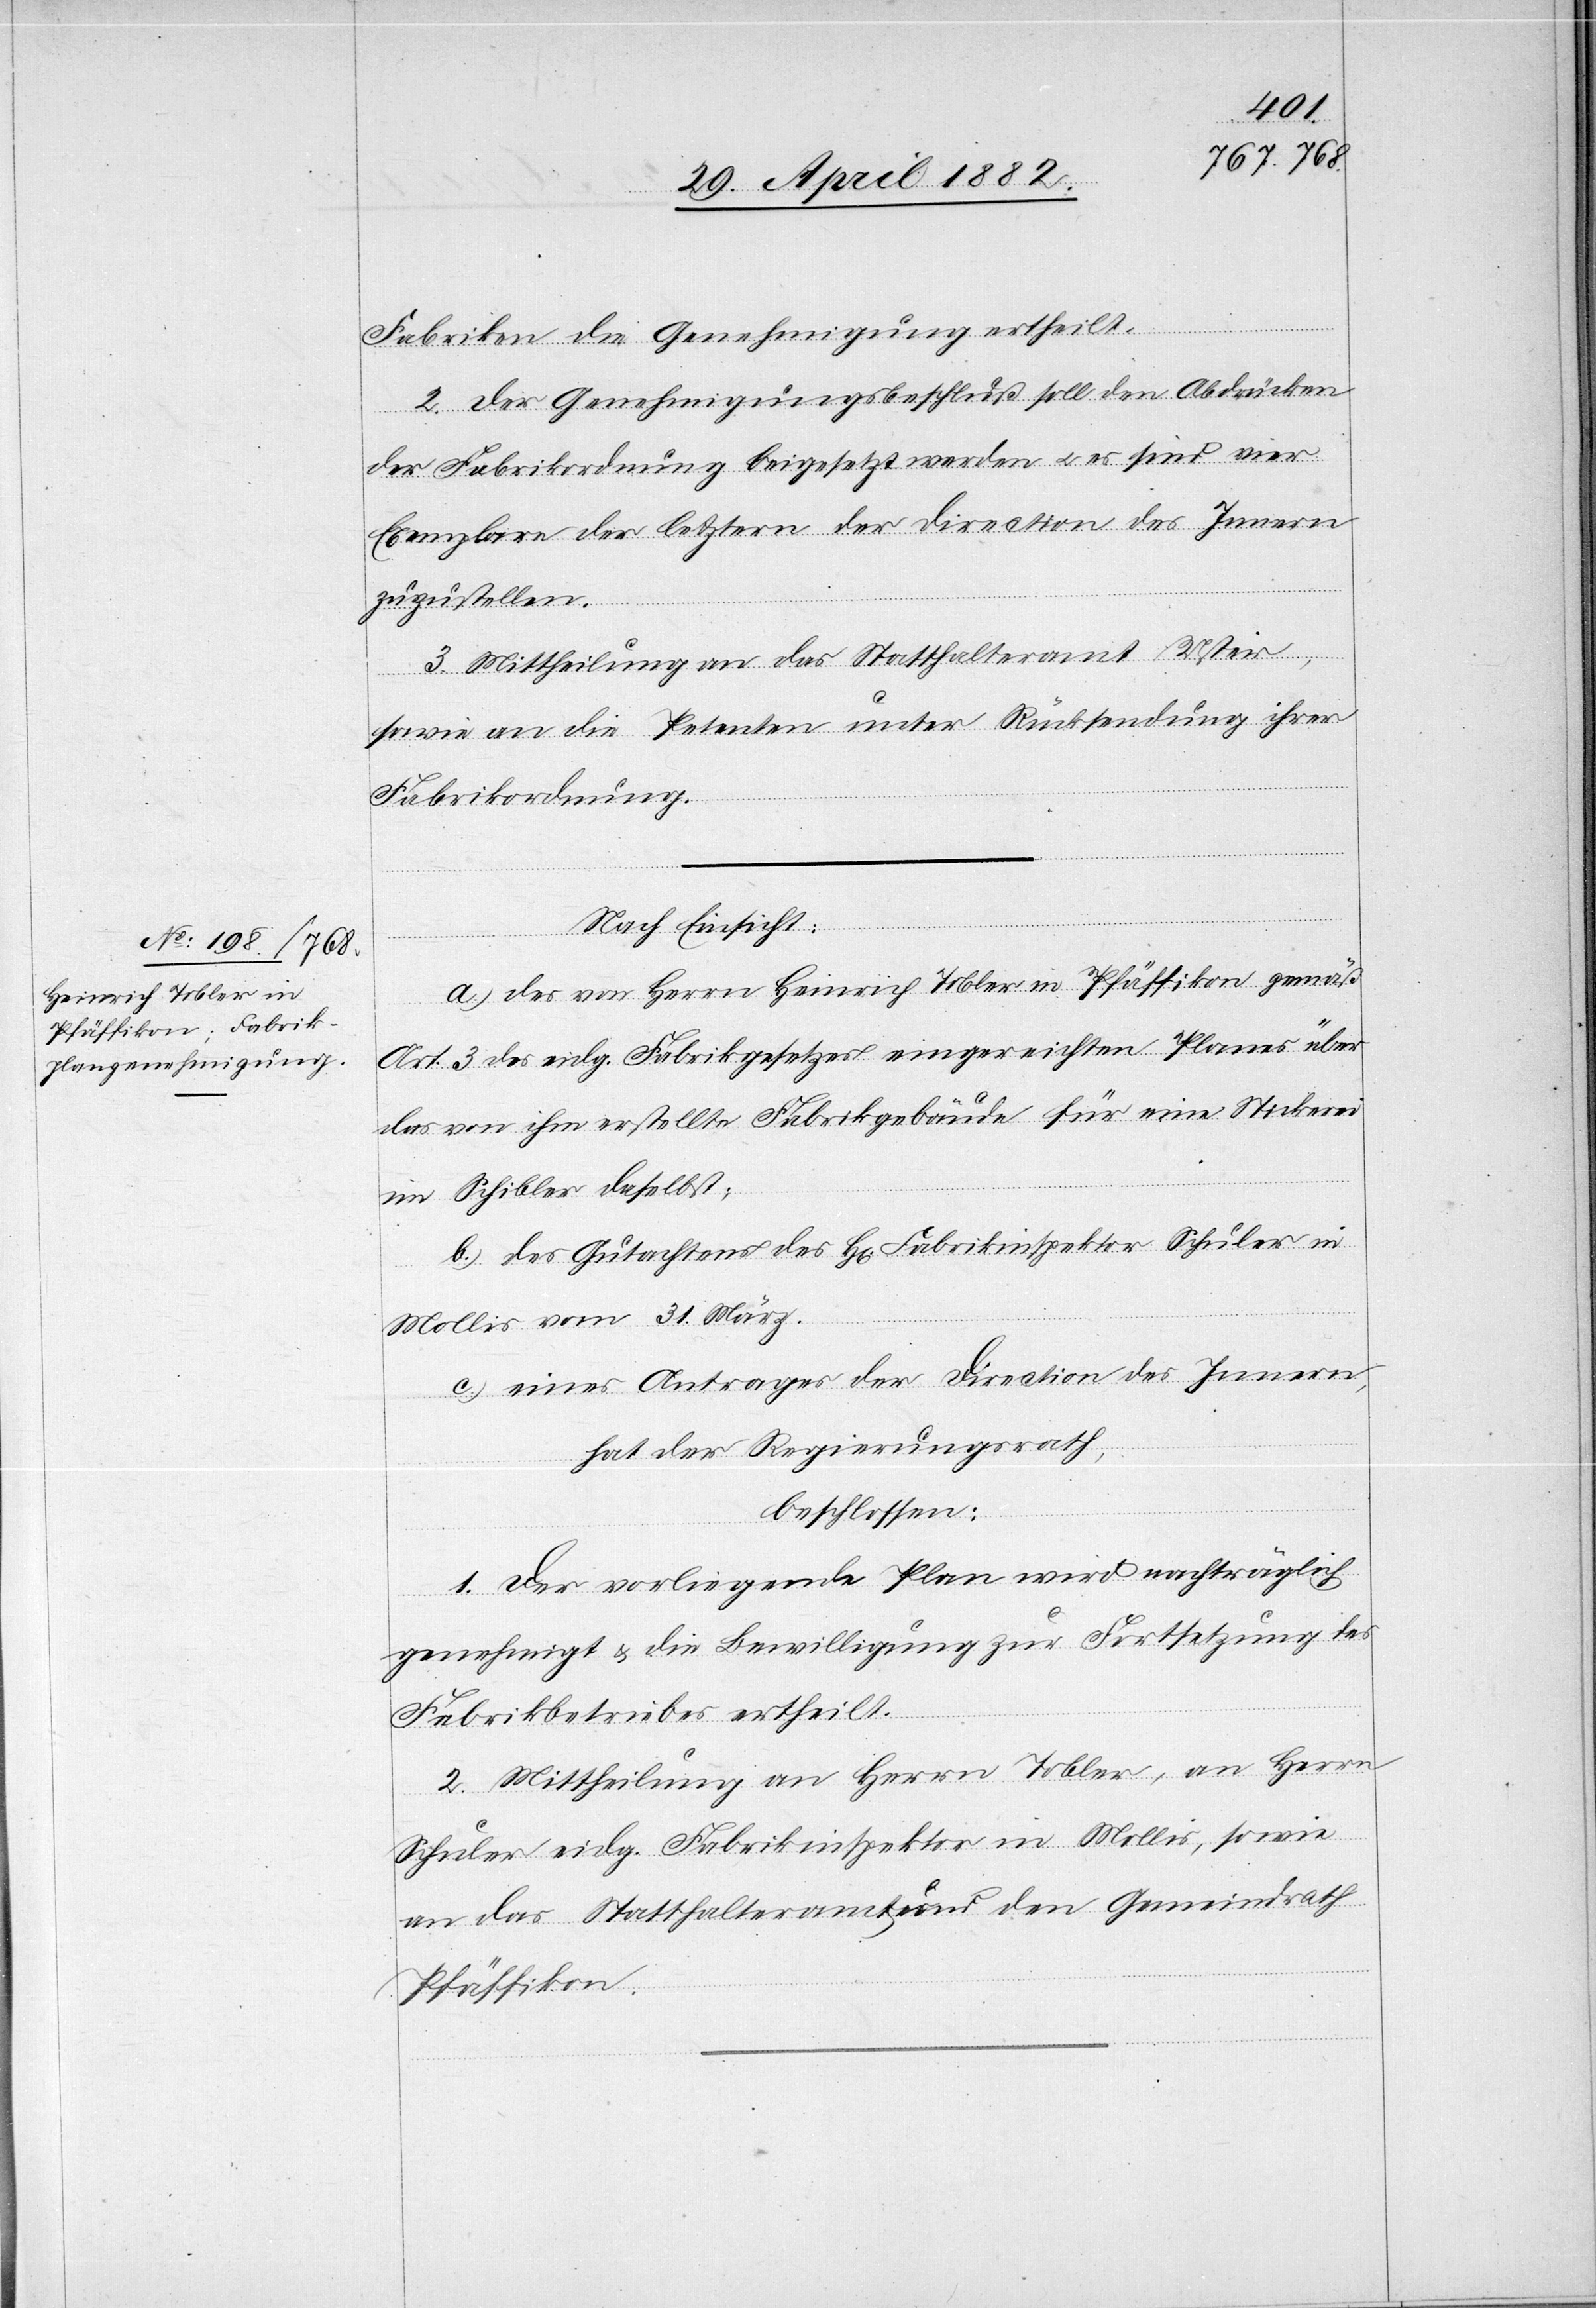
Fabriken die Genehmigung ertheilt.
2. Der Genehmigungsbeschluß soll den Abdrücken
der Fabrikordnung beigesetzt werden u. es sind vier
Exemplare der letztern der Direction des Innern
zuzustellen.
3. Mittheilung an das Statthalteramt Uster,
sowie an die Petenten unter Rücksendung ihrer
Fabrikordnung.
Nach Einsicht:
a.) des von Herrn Heinrich Tobler in Pfäffikon gemäß
Art. 3 des eidg. Fabrikgesetzes eingereichten Planes über
das von ihm erstellte Fabrikgebäude für eine Stickerei
im Schibler daselbst;
b.) das Gutachten des Hr. Fabrikinspektor Schuler in
Mollis vom 31. März;
c.) eines Antrages der Direction des Innern,
hat der Regierungsrath,
beschlossen:
1. Der vorliegende Plan wird nachträglich
genehmigt & die Bewilligung zur Fortsetzung des
Fabrikbetriebes ertheilt.
2. Mittheilung an Herrn Tobler, an Herrn
Schuler eidg. Fabrikinspektor in Mollis, sowie
an das Statthalteramt und den Gemeindrath
Pfäffikon.